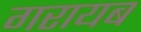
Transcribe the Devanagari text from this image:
गरायब